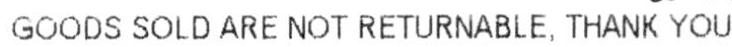
GOODS SOLD ARE NOT RETURNABLE, THANK YOU.